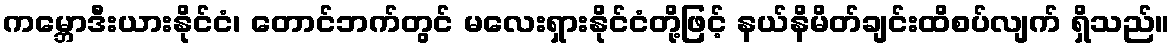
ကမ္ဘောဒီးယားနိုင်ငံ၊ တောင်ဘက်တွင် မလေးရှားနိုင်ငံတို့ဖြင့် နယ်နိမိတ်ချင်းထိစပ်လျက် ရှိသည်။